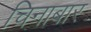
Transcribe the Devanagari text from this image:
चिनाबार